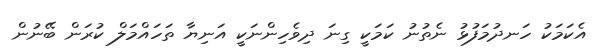
އެކަމަކު ހަނދުމަފުޅު ނެތުނު ކަމަކީ ގިނަ ދިވެހިންނަކީ އަނިޔާ ތަހައްމަލް ކުރަން ބޭނުން